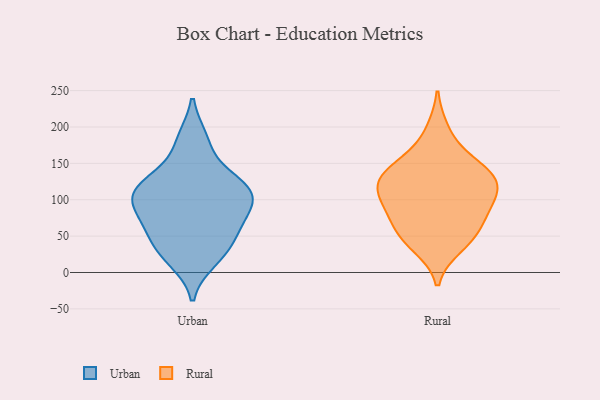
{"axis": {"x": "Page Views", "y": "Value"}, "legend": ["Rural", "Urban"], "data": [{"x": "", "y": 17, "type": "Urban"}, {"x": "", "y": 183, "type": "Urban"}, {"x": "", "y": 108, "type": "Urban"}, {"x": "", "y": 106, "type": "Urban"}, {"x": "", "y": 101, "type": "Urban"}, {"x": "", "y": 26, "type": "Urban"}, {"x": "", "y": 123, "type": "Urban"}, {"x": "", "y": 25, "type": "Urban"}, {"x": "", "y": 74, "type": "Urban"}, {"x": "", "y": 44, "type": "Urban"}, {"x": "", "y": 136, "type": "Urban"}, {"x": "", "y": 181, "type": "Urban"}, {"x": "", "y": 127, "type": "Urban"}, {"x": "", "y": 74, "type": "Urban"}, {"x": "", "y": 59, "type": "Urban"}, {"x": "", "y": 56, "type": "Urban"}, {"x": "", "y": 95, "type": "Urban"}, {"x": "", "y": 112, "type": "Urban"}, {"x": "", "y": 101, "type": "Urban"}, {"x": "", "y": 82, "type": "Rural"}, {"x": "", "y": 49, "type": "Rural"}, {"x": "", "y": 94, "type": "Rural"}, {"x": "", "y": 123, "type": "Rural"}, {"x": "", "y": 122, "type": "Rural"}, {"x": "", "y": 159, "type": "Rural"}, {"x": "", "y": 115, "type": "Rural"}, {"x": "", "y": 195, "type": "Rural"}, {"x": "", "y": 138, "type": "Rural"}, {"x": "", "y": 36, "type": "Rural"}, {"x": "", "y": 47, "type": "Rural"}, {"x": "", "y": 63, "type": "Rural"}, {"x": "", "y": 106, "type": "Rural"}, {"x": "", "y": 143, "type": "Rural"}, {"x": "", "y": 133, "type": "Rural"}, {"x": "", "y": 84, "type": "Rural"}]}